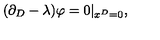
( \partial _ { D } - \lambda ) \varphi = 0 | _ { x ^ { D } = 0 } ,